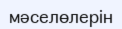
мәселөлерін